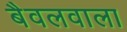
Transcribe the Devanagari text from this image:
बैवलवाला